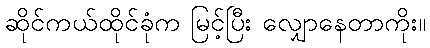
ဆိုင်ကယ်ထိုင်ခုံက မြင့်ပြီး လျှောနေတာကိုး။